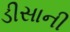
ડીસાની